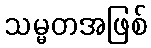
သမ္မတအဖြစ်